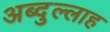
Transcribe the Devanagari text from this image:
अब्‍दुल्‍लाह